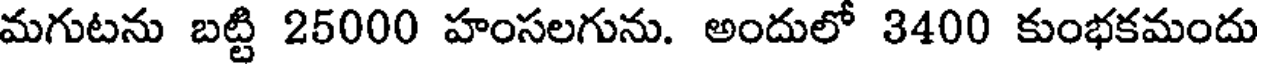
మగుటను బట్టి 25000 హంసలగును. అందులో 3400 కుంభకమందు